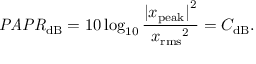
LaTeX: { \mathit { P A P R } } _ { \mathrm { d B } } = 1 0 \log _ { 1 0 } { \frac { { | x _ { \mathrm { p e a k } } | } ^ { 2 } } { { x _ { \mathrm { r m s } } } ^ { 2 } } } = C _ { \mathrm { d B } } .